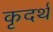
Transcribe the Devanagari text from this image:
कृदर्थ